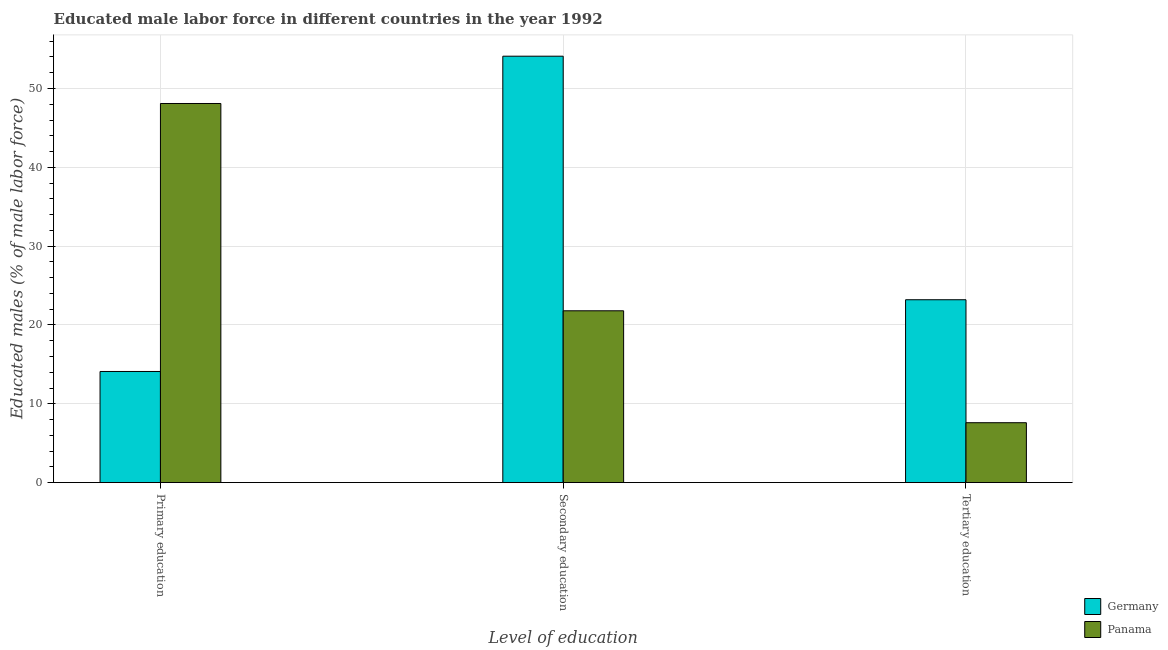
| Level of education | Germany | Panama |
 | --- | --- | --- |
 | Primary education | 14.1 | 48.1 |
 | Secondary education | 54.1 | 21.8 |
 | Tertiary education | 23.2 | 7.6 |